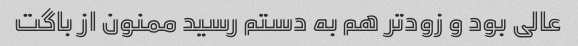
عالی بود و زودتر هم به دستم رسید ممنون از باگت